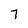
Character: 7